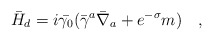
\begin{align*}\bar{H}_d=i\bar{\gamma_0}(\bar{\gamma}^a\bar{\nabla}_a+e^{-\sigma}m )~~~,\end{align*}